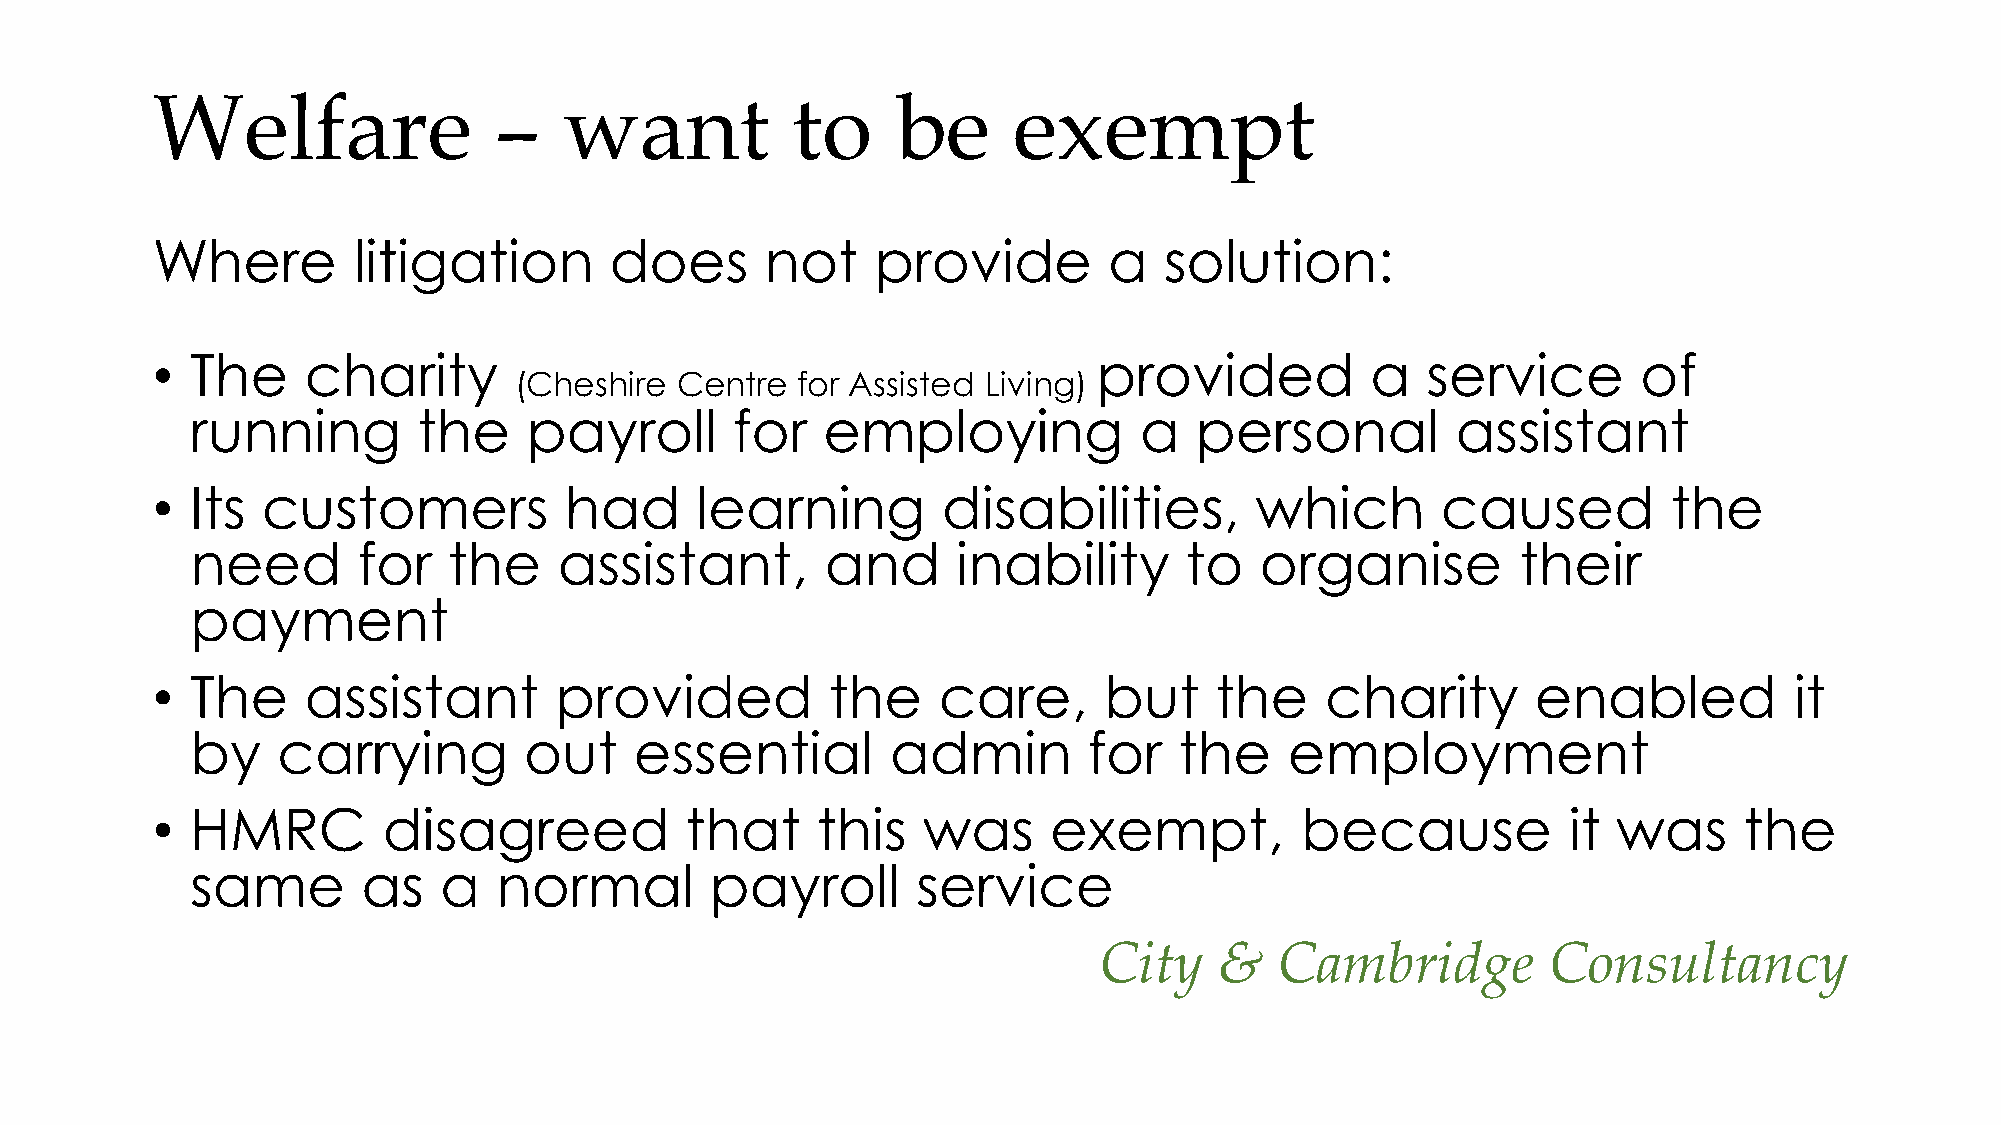
Welfare                –   want           to     be      exempt
 Where        litigation       does       not    provide        a   solution:
 •  The    charity                                              provided          a  service        of
 (Cheshire  Centre  for Assisted Living)
 running        the    payroll       for  employing            a   personal         assistant
 •  Its customers           had      learning        disabilities,        which       caused          the
 need       for   the    assistant,        and     inability      to   organise          their
 payment
 •  The    assistant        provided          the    care,      but    the     charity       enabled          it
 by   carrying         out    essential        admin        for   the    employment
 •  HMRC        disagreed           that     this   was     exempt,          because           it was     the
 same       as   a   normal        payroll       service
 City    &   Cambridge        Consultancy